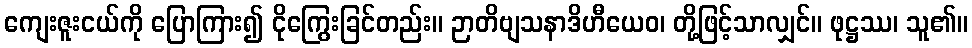
ကျေးဇူးငယ်ကို ပြောကြား၍ ငိုကြွေးခြင်တည်း။ ဉာတိဗျသနာဒိဟီယေဝ၊ တို့ဖြင့်သာလျှင်။ ဖုဋ္ဌဿ၊ သူ၏။